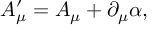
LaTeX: A _ { \mu } ^ { \prime } = A _ { \mu } + \partial _ { \mu } \alpha ,